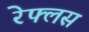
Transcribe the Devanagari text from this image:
रेफ्लस